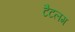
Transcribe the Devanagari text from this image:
टैटलम